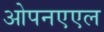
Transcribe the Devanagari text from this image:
ओपनएएल